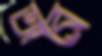
অব্রে